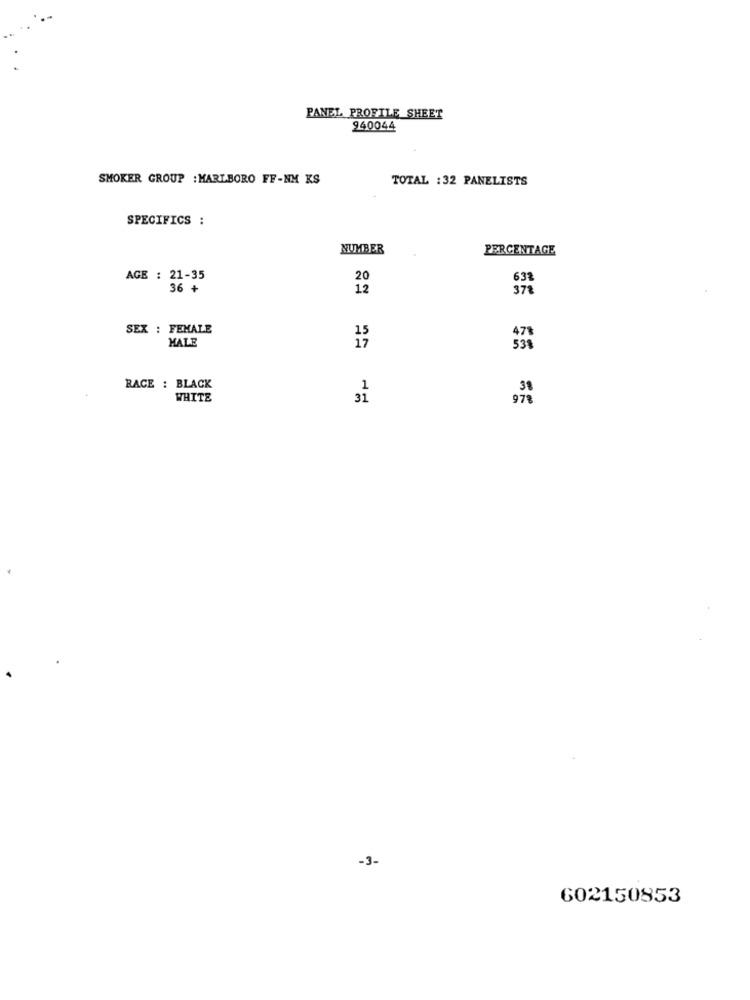
PANEL PROFILE SHEET
940044
SMOKER GROUP : MARLBORO FF-NM KS
TOTAL : 32 PANELISTS
SPECIFICS :
NUMBER
PERCENTAGE
AGE : 21-35
63%
36 +
378
SEX : FEMALE
HALE
AA
RACE : BLACK
WHITE
31
-3-
602150853